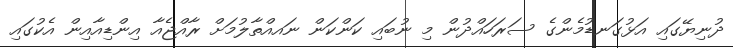
ދުނިޔޭގައި އަޅުގަނޑުމެންގެ ސަރަހައްދުން މި ނުބައި ކަންކަން ނައއްތާލުމަށް ރާއްޖެއާ އިންޑިއާއިން އެކުގައި